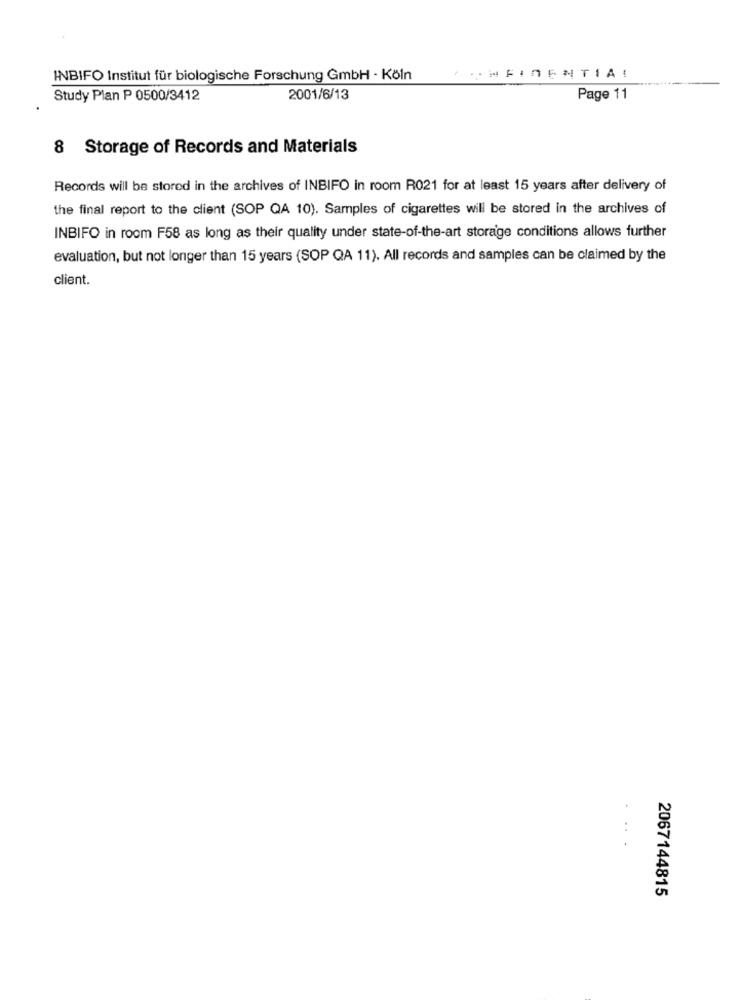
INBIFO Institut für biologische Forschung GmbH - Köln
... WFINEMTIA!
Study Plan P 0500/3412
2001/6/13
Page 11
8 Storage of Records and Materials
Records will be stored in the archives of INBIFO in room R021 for at least 15 years after delivery of
the final report to the client (SOP QA 10). Samples of cigarettes will be stored in the archives of
INBIFO in room F58 as long as their quality under state-of-the-art storage conditions allows further
evaluation, but not longer than 15 years (SOP QA 11). All records and samples can be claimed by the
client.
+
2067144815